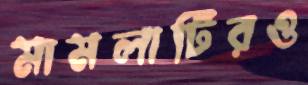
মামলাটিরও